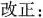
改正：